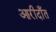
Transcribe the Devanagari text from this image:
आरीदाँत